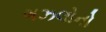
ગઝલોનો